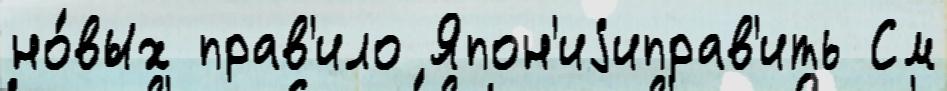
но́вых прав'ило Япон'иjиправ'ить См